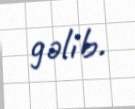
gəlib.